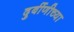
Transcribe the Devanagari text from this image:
दुर्बीणीच्या